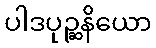
ပါဒပုဉ္ဆနိယော